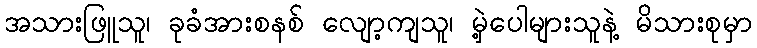
အသားဖြူသူ၊ ခုခံအားစနစ် လျော့ကျသူ၊ မှဲ့ပေါများသူနဲ့ မိသားစုမှာ